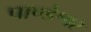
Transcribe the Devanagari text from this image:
पाण्डेश्वर